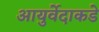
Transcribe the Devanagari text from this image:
आयुर्वेदाकडे